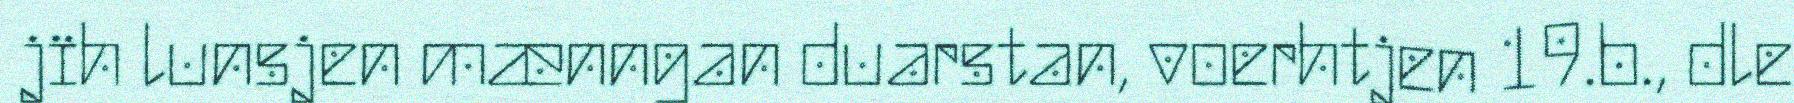
jïh lunsjen mænngan duarstan, voerhtjen 19.b., dle